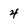
Character: 4